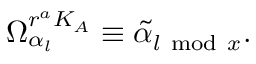
\Omega _ { \alpha _ { l } } ^ { r ^ { a } K _ { A } } \equiv \tilde { \alpha } _ { l \mathrm { ~ m o d ~ } x } .